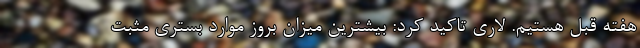
هفته قبل هستیم. لاری تاکید کرد: بیشترین میزان بروز موارد بستری مثبت